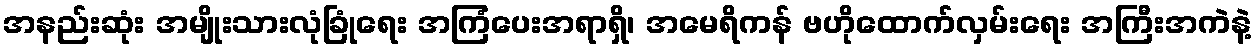
အနည်းဆုံး အမျိုးသားလုံခြုံရေး အကြံပေးအရာရှိ၊ အမေရိကန် ဗဟိုထောက်လှမ်းရေး အကြီးအကဲနဲ့